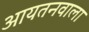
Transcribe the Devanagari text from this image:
आयतनवाला